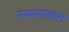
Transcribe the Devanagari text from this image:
नकारात्‍कम